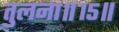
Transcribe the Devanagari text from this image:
तुलना॥१५॥